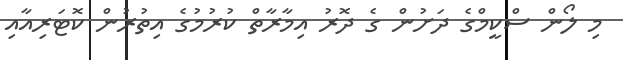
މި ލޯން ސްކީމްގެ ދަށުން ގެ ދޮރު އިމާރާތް ކުރުމުގެ އިތުރުން ކޮޓަރިއާއި